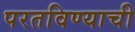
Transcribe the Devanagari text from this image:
परतविण्याची